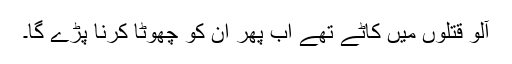
آلو قتلوں میں کاٹے تھے اب پھر ان کو چھوٹا کرنا پڑے گا۔